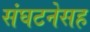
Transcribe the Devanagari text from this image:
संघटनेसह